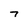
Character: 7